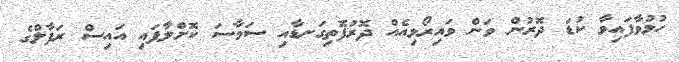
ހުޅުވާފައިވާ ކުޑަ ދޮރުން ވަން ވައިރޯޅިއެއް ދޮރުފޮތިގަނޑާއި ސަމާސަ ކޮށްލާފައި އައިސް ރަފާލްގެ